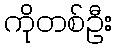
ကိုတစ်ဦး